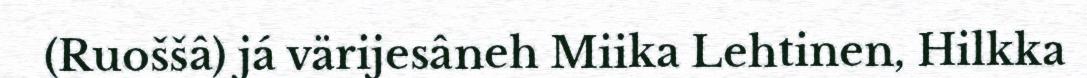
(Ruoššâ) já värijesâneh Miika Lehtinen, Hilkka